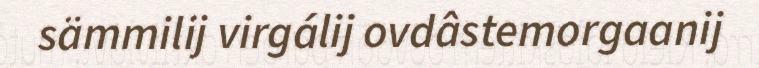
sämmilij virgálij ovdâstemorgaanij